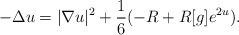
\begin{align*}-\Delta u = |\nabla u|^2 + \frac 16 (-R + R[g] e^{2u}) .\end{align*}